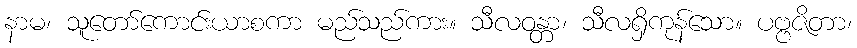
နာမ၊ သူတော်ကောင်းယာစကာ မည်သည်ကား။ သီလဝန္တာ၊ သီလရှိကုန်သော။ ပဗ္ဗဇိတာ၊